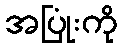
အပြုံးကို